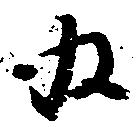
為